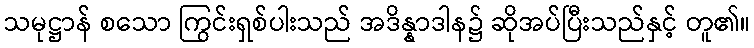
သမုဋ္ဌာန် စသော ကြွင်းရှစ်ပါးသည် အဒိန္နာဒါန၌ ဆိုအပ်ပြီးသည်နှင့် တူ၏။